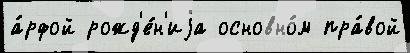
а́рфой рожд'е́н'иjа основно́м пра́вой